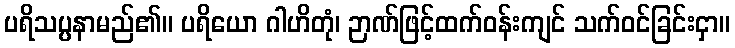
ပရိသပ္ပနာမည်၏။ ပရိယော ဂါဟိတုံ၊ ဉာဏ်ဖြင့်ထက်ဝန်းကျင် သက်ဝင်ခြင်းငှာ။